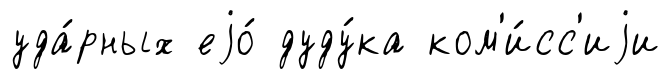
уда́рных еjо́ дуду́ка ком'и́сс'иjи